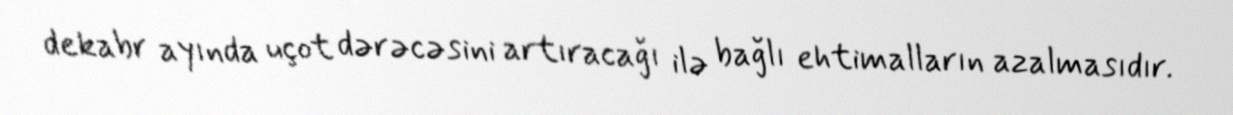
dekabr ayında uçot dərəcəsini artıracağı ilə bağlı ehtimalların azalmasıdır.